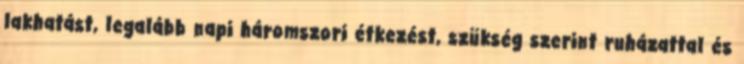
lakhatást, legalább napi háromszori étkezést, szükség szerint ruházattal és